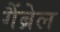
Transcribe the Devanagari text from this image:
गैंब्रेल